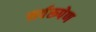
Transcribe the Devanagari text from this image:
सर्वरूपेण